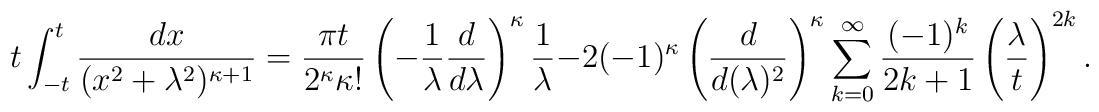
t\int_{-t}^t \frac{dx}{(x^2+\lambda^2)^{\kappa+1}} =  \frac{\pi t}{2^\kappa\kappa!}  \left(-\frac{1}{\lambda}\frac{d}{d\lambda}\right)^\kappa\frac{1}{\lambda}  - 2(-1)^\kappa\left(\frac{d}{d(\lambda)^2}\right)^\kappa  \sum_{k=0}^\infty\frac{(-1)^k}{2k+1}\left(\frac{\lambda}{t}\right)^{2k}.